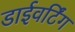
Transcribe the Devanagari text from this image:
डाईवर्टिंग